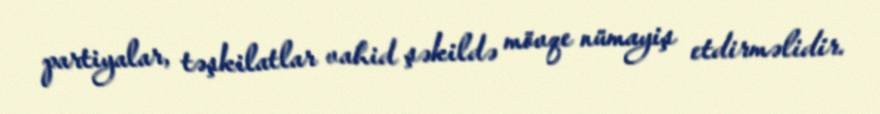
partiyalar, təşkilatlar vahid şəkildə mövqe nümayiş etdirməlidir.